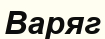
Варяг